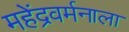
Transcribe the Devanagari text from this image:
महेंद्रवर्मनाला